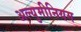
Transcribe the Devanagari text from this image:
अल्युमीनियम